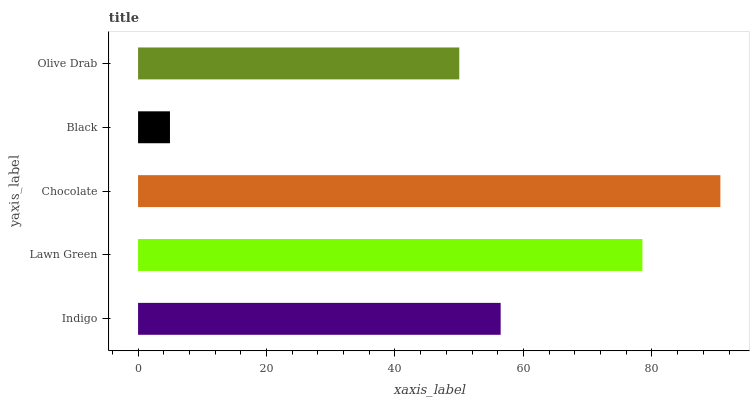
| yaxis_label | bars |
 | --- | --- |
 | Indigo | 56.5 |
 | Lawn Green | 78.5 |
 | Chocolate | 90.7 |
 | Black | 4.97 |
 | Olive Drab | 50 |